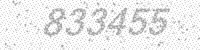
Solution: 833455